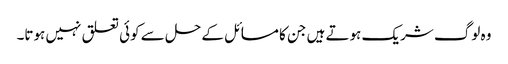
وہ لوگ شریک ہوتے ہیں جن کا مسائل کے حل سے کوئی تعلق نہیں ہوتا۔